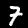
Digit: 7